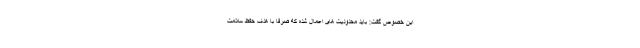
این خصوص گفت: باید محدودیت های اعمال شده که صرفا با هدف حفظ سلامت